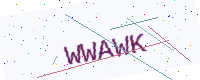
Text: WWAWK